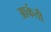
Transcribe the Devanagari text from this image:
आकंती